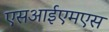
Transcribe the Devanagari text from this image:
एसआईएमएस